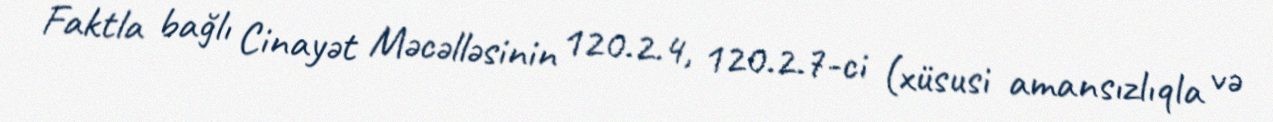
Faktla bağlı Cinayət Məcəlləsinin 120.2.4, 120.2.7-ci (xüsusi amansızlıqla və